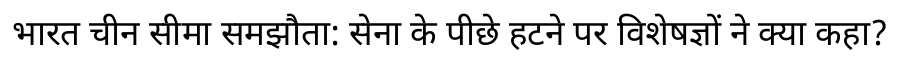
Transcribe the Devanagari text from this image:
भारत चीन सीमा समझौता: सेना के पीछे हटने पर विशेषज्ञों ने क्या कहा?